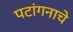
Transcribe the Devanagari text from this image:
पटांगनाचे